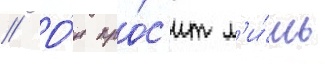
// О́н про́с'ит л'и́шь